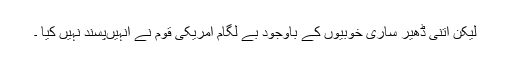
لیکن اتنی ڈھیر ساری خوبیوں کے باوجود بے لگام امریکی قوم نے انہیںپسند نہیں کیا ۔